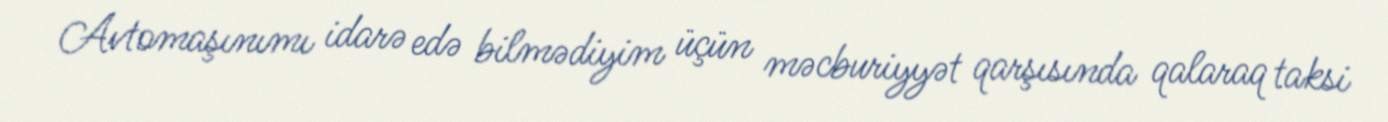
Avtomaşınımı idarə edə bilmədiyim üçün məcburiyyət qarşısında qalaraq taksi